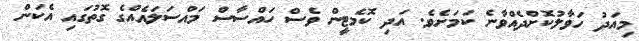
މިއަދު ހަވާލުކޮށްދެއްވާނެ ކަމަށެވެ. އަދި ކޮމެޓީން ވެސް ހައްސާސް މައްސަލައެއްގެ ގޮތުގައި އެކަން